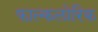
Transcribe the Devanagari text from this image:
फाल्कलोरिक